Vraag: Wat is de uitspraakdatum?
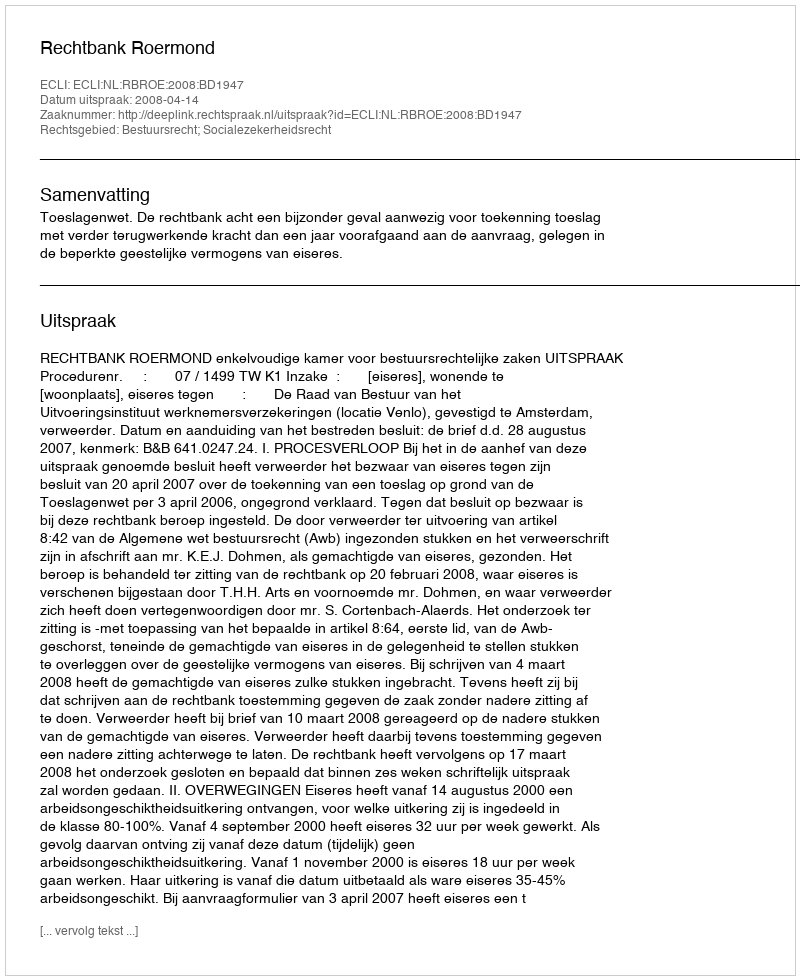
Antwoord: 2008-04-14